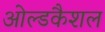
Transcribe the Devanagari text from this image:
ओल्डकैशल